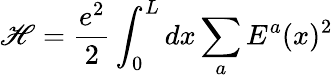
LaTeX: \mathscr{H}=\frac{{e^{2}}}{{2}}\int_{0}^{L}dx\sum_{a}E^{a}(x)^{2}